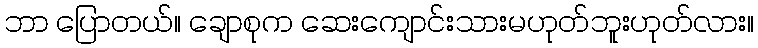
ဘာ ပြောတယ်။ ချောစုက ဆေးကျောင်းသားမဟုတ်ဘူးဟုတ်လား။